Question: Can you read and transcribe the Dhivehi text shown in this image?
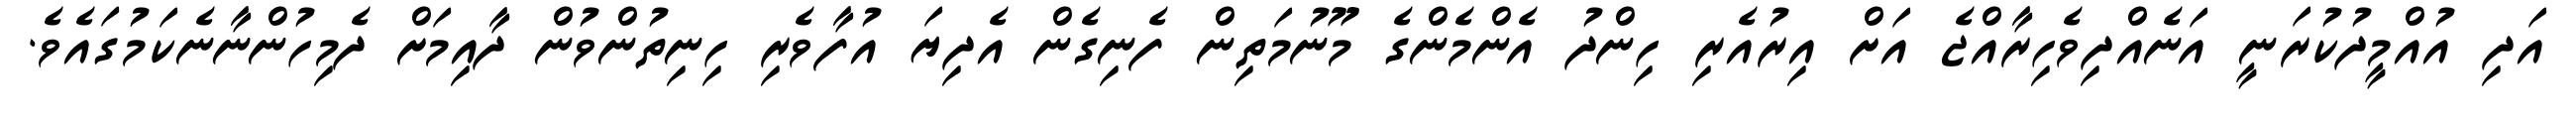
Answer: އަދި އުއްމީދުކުރަނީ އަނެއްދިވެހިރާއްޖެ އަށް އިރުއެރި ހިންދު އެންމެންގެ މޫނުމަތިން ފެނިގެން އެދިޔަ އުފާވެރި ހިނިތުންވުން ދާއިމަށް ދެމިހުންނާނެކަމުގައެވެ.